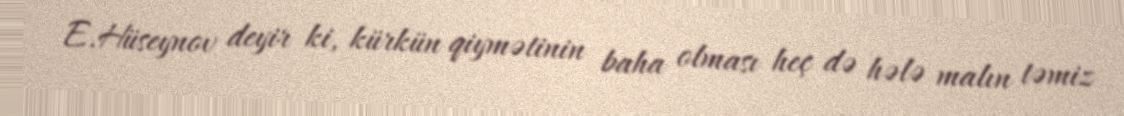
E.Hüseynov deyir ki, kürkün qiymətinin baha olması heç də hələ malın təmiz